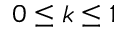
0 \leq k \leq 1